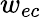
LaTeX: w_{ec}